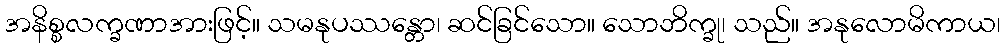
အနိစ္စလက္ခဏာအားဖြင့်။ သမနုပဿန္တော၊ ဆင်ခြင်သော။ သောဘိက္ခု၊ သည်။ အနုလောမိကာယ၊